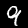
Label: 9